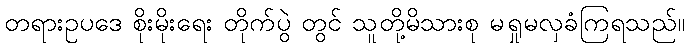
တရားဥပဒေ စိုးမိုးရေး တိုက်ပွဲ တွင် သူတို့မိသားစု မရှုမလှခံကြရသည်။